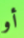
أو